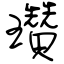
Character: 瓚